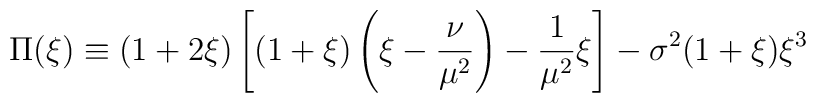
\Pi(\xi) \equiv (1+2\xi)\left[(1+\xi)\left(\xi-\frac{\nu}{\mu^2}\right) - \frac{1}{\mu^2}\xi\right] -\sigma^2(1+\xi)\xi^3